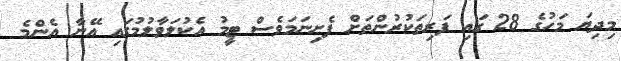
މިދިޔަ މަހުގެ 28 ގައި ފަރިތަކުރުންތަށް ފެށިނަމަވެސް ޓީމު އެކުލަވާލުމުގައި އޭނާ އެންމެ